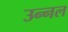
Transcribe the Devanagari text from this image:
उन्नल